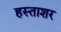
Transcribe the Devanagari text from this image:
हस्ताशर